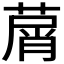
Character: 𦵱